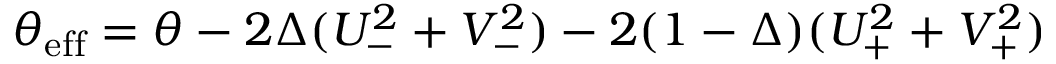
\theta _ { \mathrm { e f f } } = \theta - 2 \Delta ( U _ { - } ^ { 2 } + V _ { - } ^ { 2 } ) - 2 ( 1 - \Delta ) ( U _ { + } ^ { 2 } + V _ { + } ^ { 2 } )